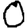
Digit: 0